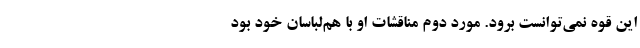
این قوه نمی‌توانست برود. مورد دوم مناقشات او با هم‌لباسان خود بود